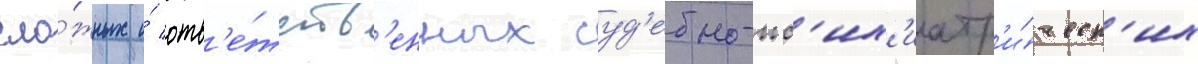
сло́жных и́ отв'е́тств'енных суд'ебно-пс'их'иатр'и́ческ'их